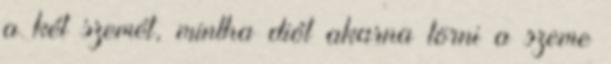
a két szemét, mintha diót akarna törni a szeme